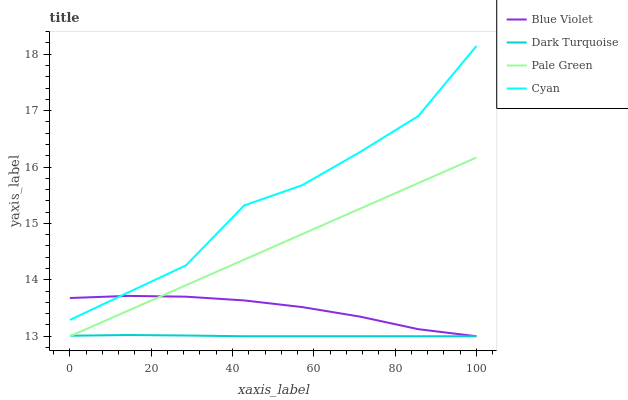
| xaxis_label | Blue Violet | Dark Turquoise | Pale Green | Cyan |
 | --- | --- | --- | --- | --- |
 | 0 | 13.7 | 13 | 13 | 13.3 |
 | 14.3 | 13.7 | 13 | 13.5 | 13.8 |
 | 28.6 | 13.7 | 13 | 13.9 | 14.3 |
 | 42.9 | 13.6 | 13 | 14.4 | 15.3 |
 | 57.1 | 13.5 | 13 | 14.8 | 15.7 |
 | 71.4 | 13.3 | 13 | 15.3 | 16.3 |
 | 85.7 | 13.1 | 13 | 15.7 | 16.9 |
 | 100 | 13 | 13 | 16.2 | 18.1 |